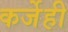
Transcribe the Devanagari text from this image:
कर्जेही